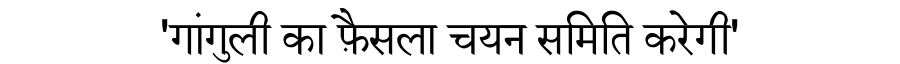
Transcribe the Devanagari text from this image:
'गांगुली का फ़ैसला चयन समिति करेगी'